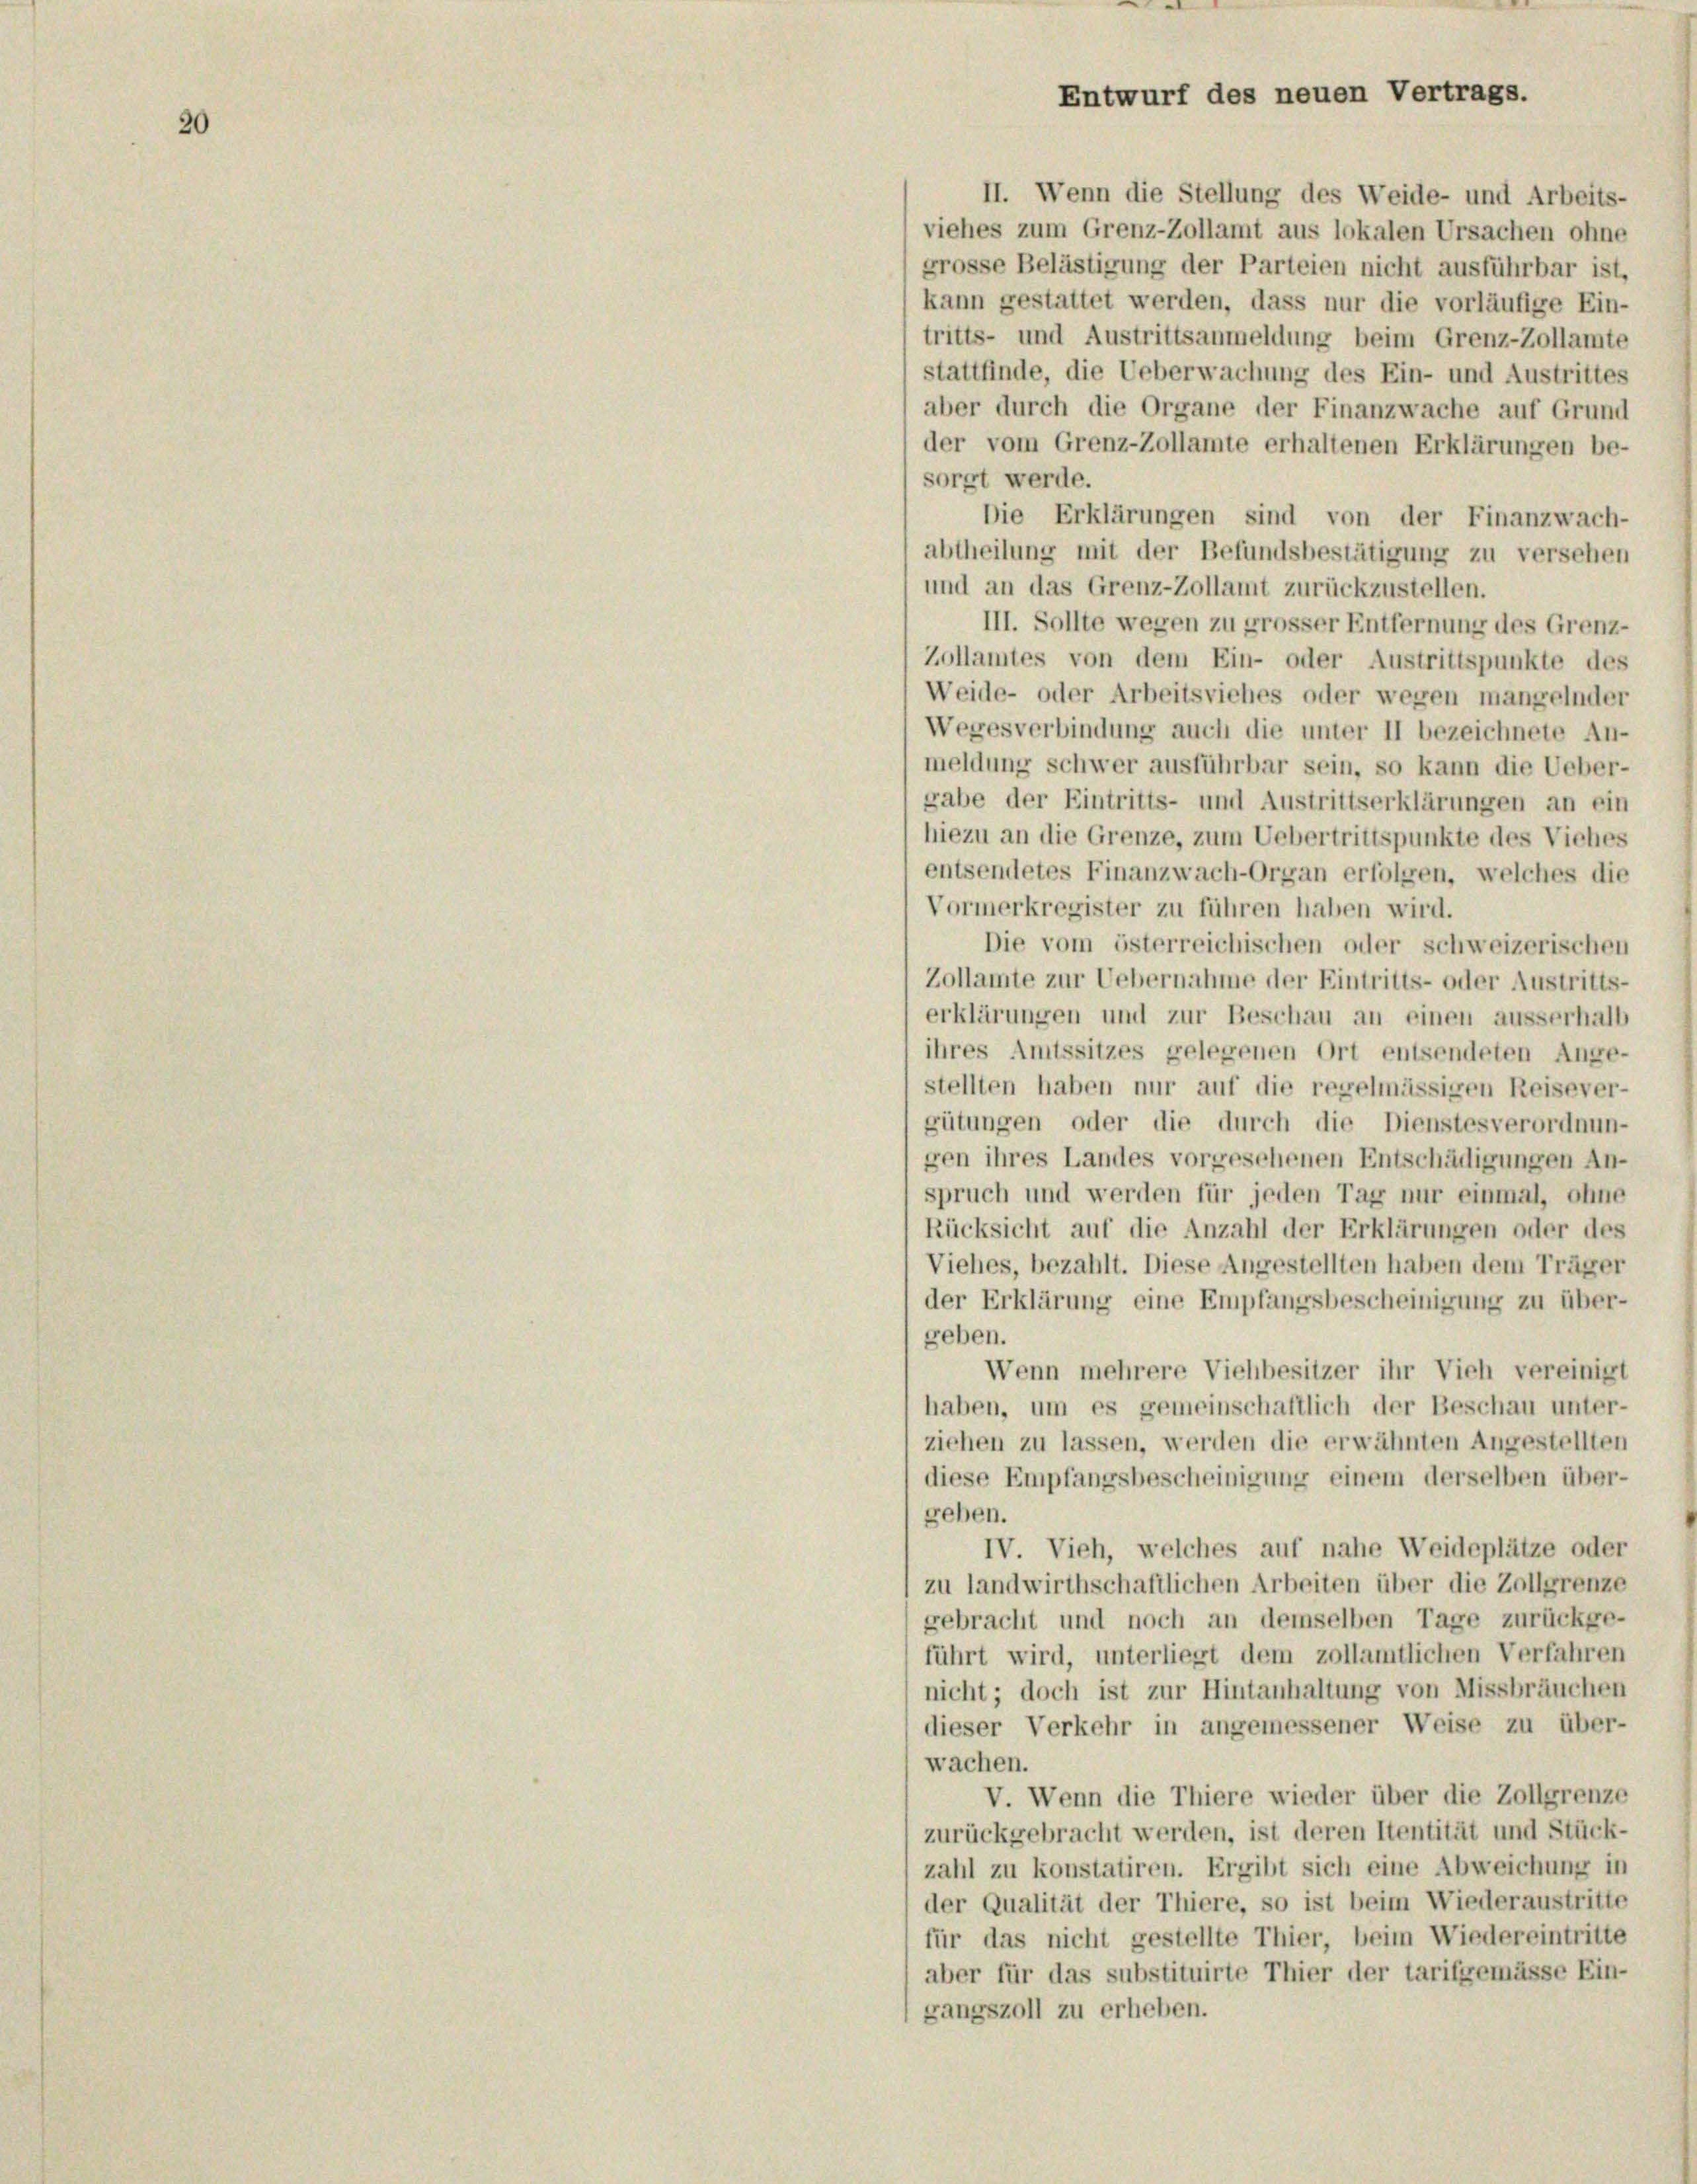
20

Entwurf des neuen Vertrags.

II. Wenn die Stellung des Weide- und Arbeits-
viehes zum Grenz-Zollamt aus lokalen Ursachen ohne
grosse Belästigung der Parteien nicht ausführbar ist,
kann gestattet werden, dass nur die vorläufige Ein-
tritts- und Austrittsanmeldung beim Grenz-Zollamte
stattfinde, die Ueberwachung des Ein- und Austrittes
aber durch die Organe der Finanzwache auf Grund
der vom Grenz-Zollamte erhaltenen Erklärungen be-
sorgt werde.
Die Erklärungen sind von der Finanzwach-
abtheilung mit der Befundsbestätigung zu versehen
und an das Grenz-Zollamt zurückzustellen.
III. Sollte wegen zu grosser Entfernung des Grenz-
Zollamtes von dem Ein- oder Austrittspunkte des
Weide- oder Arbeitsviehes oder wegen mangelnder
Wegesverbindung auch die unter II bezeichnete An-
meldung schwer ausführbar sein, so kann die Ueber-
gabe der Eintritts- und Austrittserklärungen an ein
hiezu an die Grenze, zum Uebertrittspunkte des Viehes
entsendetes Finanzwach-Organ erfolgen, welches die
Vormerkregister zu führen haben wird.
Die vom österreichischen oder schweizerischen
Zollamte zur Uebernahme der Eintritts- oder Austritts-
erklärungen und zur Beschau an einen ausserhalb
ihres Amtssitzes gelegenen Ort entsendeten Ange-
stellten haben nur auf die regelmässigen Reisever-
gütungen oder die durch die Dienstesverordnun-
gen ihres Landes vorgesehenen Entschädigungen An-
spruch und werden für jeden Tag nur einmal, ohne
Rücksicht auf die Anzahl der Erklärungen oder des
Viehes, bezahlt. Diese Angestellten haben dem Träger
der Erklärung eine Empfangsbescheinigung zu über-
geben.
Wenn mehrere Viehbesitzer ihr Vieh vereinigt
haben, um es gemeinschaftlich der Beschau unter-
ziehen zu lassen, werden die erwähnten Angestellten
diese Empfangsbescheinigung einem derselben über-
geben.
IV. Vieh, welches auf nahe Weideplätze oder
zu landwirthschaftlichen Arbeiten über die Zollgrenze
gebracht und noch an demselben Tage zurückge-
führt wird, unterliegt dem zollamtlichen Verfahren
nicht; doch ist zur Hintanhaltung von Missbräuchen
dieser Verkehr in angemessener Weise zu über-
wachen.
V. Wenn die Thiere wieder über die Zollgrenze
zurückgebracht werden, ist deren Itentität und Stück-
zahl zu konstatiren. Ergibt sich eine Abweichung in
der Qualität der Thiere, so ist beim Wiederaustritte
für das nicht gestellte Thier, beim Wiedereintritte
aber für das substituirte Thier der tarifgemässe Ein-
gangszoll zu erheben.